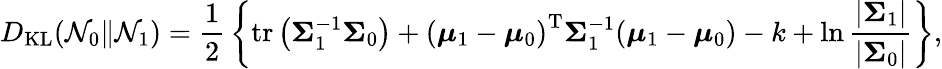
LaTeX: D_{\mathrm{KL}}({\mathcal{N}}_{0}\| {\mathcal{N}}_{1})={\frac{1}{2}}\left\{ \operatorname{tr}\left({\boldsymbol{\Sigma}}_{1}^{-1}{\boldsymbol{\Sigma}}_{0}\right)+\left({\boldsymbol{\mu}}_{1}-{\boldsymbol{\mu}}_{0}\right)^{\mathrm{{T}}}{\boldsymbol{\Sigma}}_{1}^{-1}({\boldsymbol{\mu}}_{1}-{\boldsymbol{\mu}}_{0})-k+\ln{\frac{|{\boldsymbol{\Sigma}}_{1}|}{|{\boldsymbol{\Sigma}}_{0}|}}\right\} ,